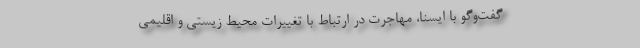
گفت‌وگو با ایسنا، مهاجرت در ارتباط با تغییرات محیط زیستی و اقلیمی